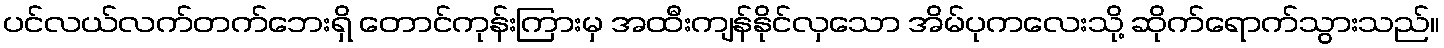
ပင်လယ်လက်တက်ဘေးရှိ တောင်ကုန်းကြားမှ အထီးကျန်နိုင်လှသော အိမ်ပုကလေးသို့ ဆိုက်ရောက်သွားသည်။